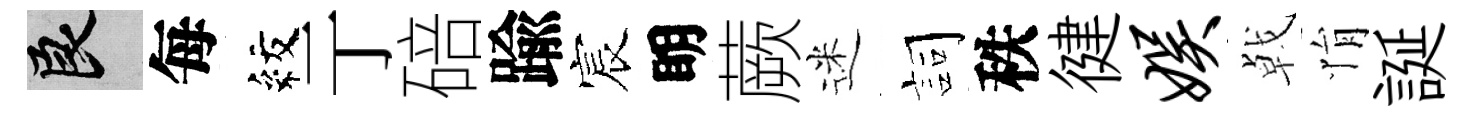
良每紋亍碚踰宸眀蕨迷詞秩徤娱㦸悁誕